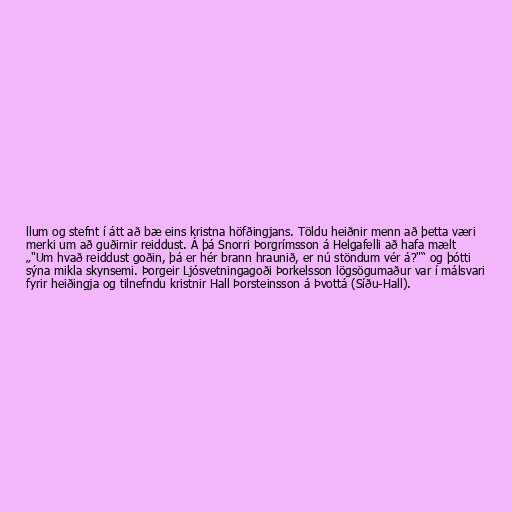
llum og stefnt í átt að bæ eins kristna höfðingjans. Töldu heiðnir menn að þetta væri
merki um að guðirnir reiddust. Á þá Snorri Þorgrímsson á Helgafelli að hafa mælt
„"Um hvað reiddust goðin, þá er hér brann hraunið, er nú stöndum vér á?"“ og þótti
sýna mikla skynsemi. Þorgeir Ljósvetningagoði Þorkelsson lögsögumaður var í málsvari
fyrir heiðingja og tilnefndu kristnir Hall Þorsteinsson á Þvottá (Síðu-Hall).